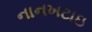
નાનખટાઇ